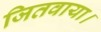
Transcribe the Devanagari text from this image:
जितवाया।